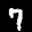
Label: 7